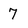
Character: 7